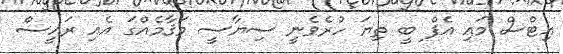
އިޓްސް މައި އެފް ބީ ތިޔަ ހުރެވެނީ ސިޔާސީ މަޤާމެއްގަ އެއި ރައީސް